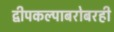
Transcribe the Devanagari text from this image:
द्वीपकल्पाबरोबरही